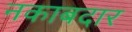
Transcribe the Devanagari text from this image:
नकाबदार